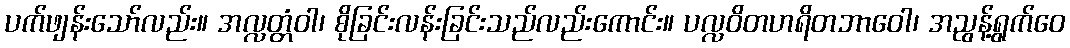
ပက်ဖျန်းသော်လည်း။ အလ္လတ္တံဝါ၊ စိုခြင်းလန်းခြင်းသည်လည်းကောင်း။ ပလ္လဝိတဟရိတဘာဝေါ၊ အညွန့်ရွက်ဝေ